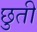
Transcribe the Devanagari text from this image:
छुती